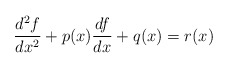
\begin{align*}\frac{d^{2}f}{dx^{2}}+p(x)\frac{df}{dx}+q(x)=r(x)\end{align*}